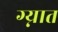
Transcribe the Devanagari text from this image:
ग्न्यात